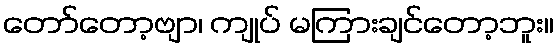
တော်တော့ဗျာ၊ ကျုပ် မကြားချင်တော့ဘူး။